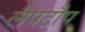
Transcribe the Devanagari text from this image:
लैपटौप